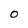
Character: o